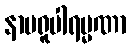
နာမရူပါရမ္မဏာ